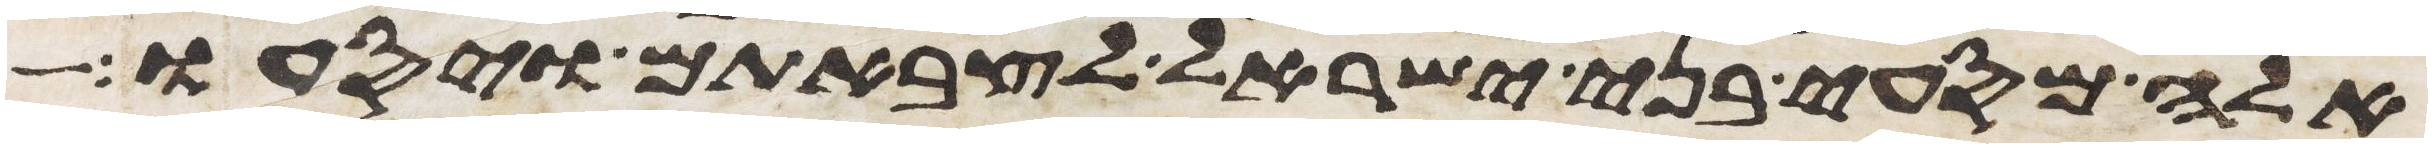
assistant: אלה מסעי בני ישראל לצבאתם ויסעו